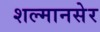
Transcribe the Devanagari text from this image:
शल्मानसेर